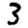
Digit: 3